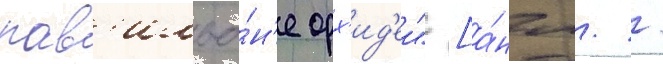
пав'ильо́н'е орх'ид'еи" [а́нгл. /